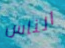
الناس